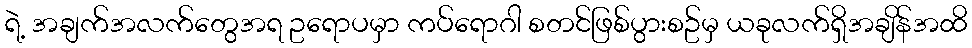
ရဲ့ အချက်အလက်တွေအရ ဥရောပမှာ ကပ်ရောဂါ စတင်ဖြစ်ပွားစဥ်မှ ယခုလက်ရှိအချိန်အထိ